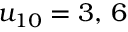
u _ { 1 0 } = 3 , \, 6